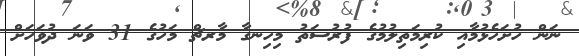
ނަން ހުށަހެޅުމާއި ކުރިމަތިލުމުގެ ފުރުސަތު މިހިނގާ މާރޗް މަހުގެ 31 ވަނަ ދުވަހަށް